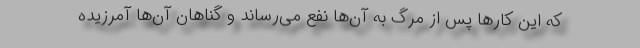
که این کارها پس از مرگ به آن‌ها نفع می‌رساند و گناهان آن‌ها آمرزیده